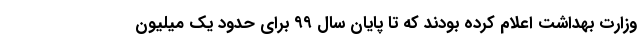
وزارت بهداشت اعلام کرده بودند که تا پایان سال ۹۹ برای حدود یک میلیون